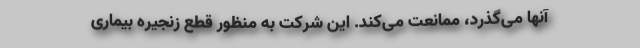
آنها می‌گذرد، ممانعت می‌کند. این شرکت به منظور قطع زنجیره بیماری